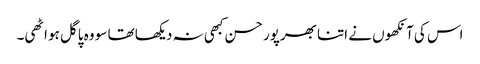
اس کی آنکھوں نے اتنا بھرپور حسن کبھی نہ دیکھا تھا سو وہ پاگل ہو اٹھی۔